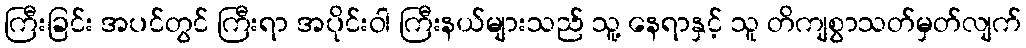
ကြီးခြင်း အပင်တွင် ကြီးရာ အပိုင်းဝါ ကြီးနယ်များသည် သူ့ နေရာနှင့် သူ တိကျစွာသတ်မှတ်လျက်